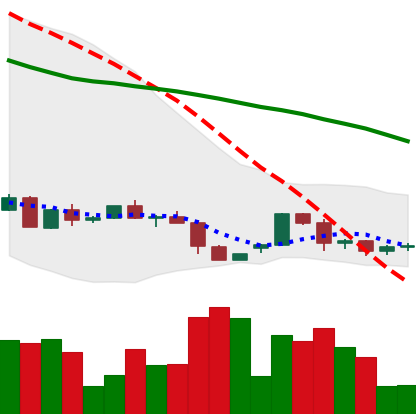
Ticker: ETH-USD
Chart end date: 2022-06-05
Forward return: -7.764%
Label: down_7plus